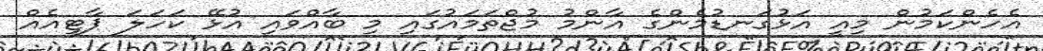
އެހެންކަމުން މިއީ އަޅުގަނޑުމެންގެ އާންމު މުޖްތަމައުގައި މި ބާއްވައި އުޅޭ ކަހަލަ ޕާޓީއެއް